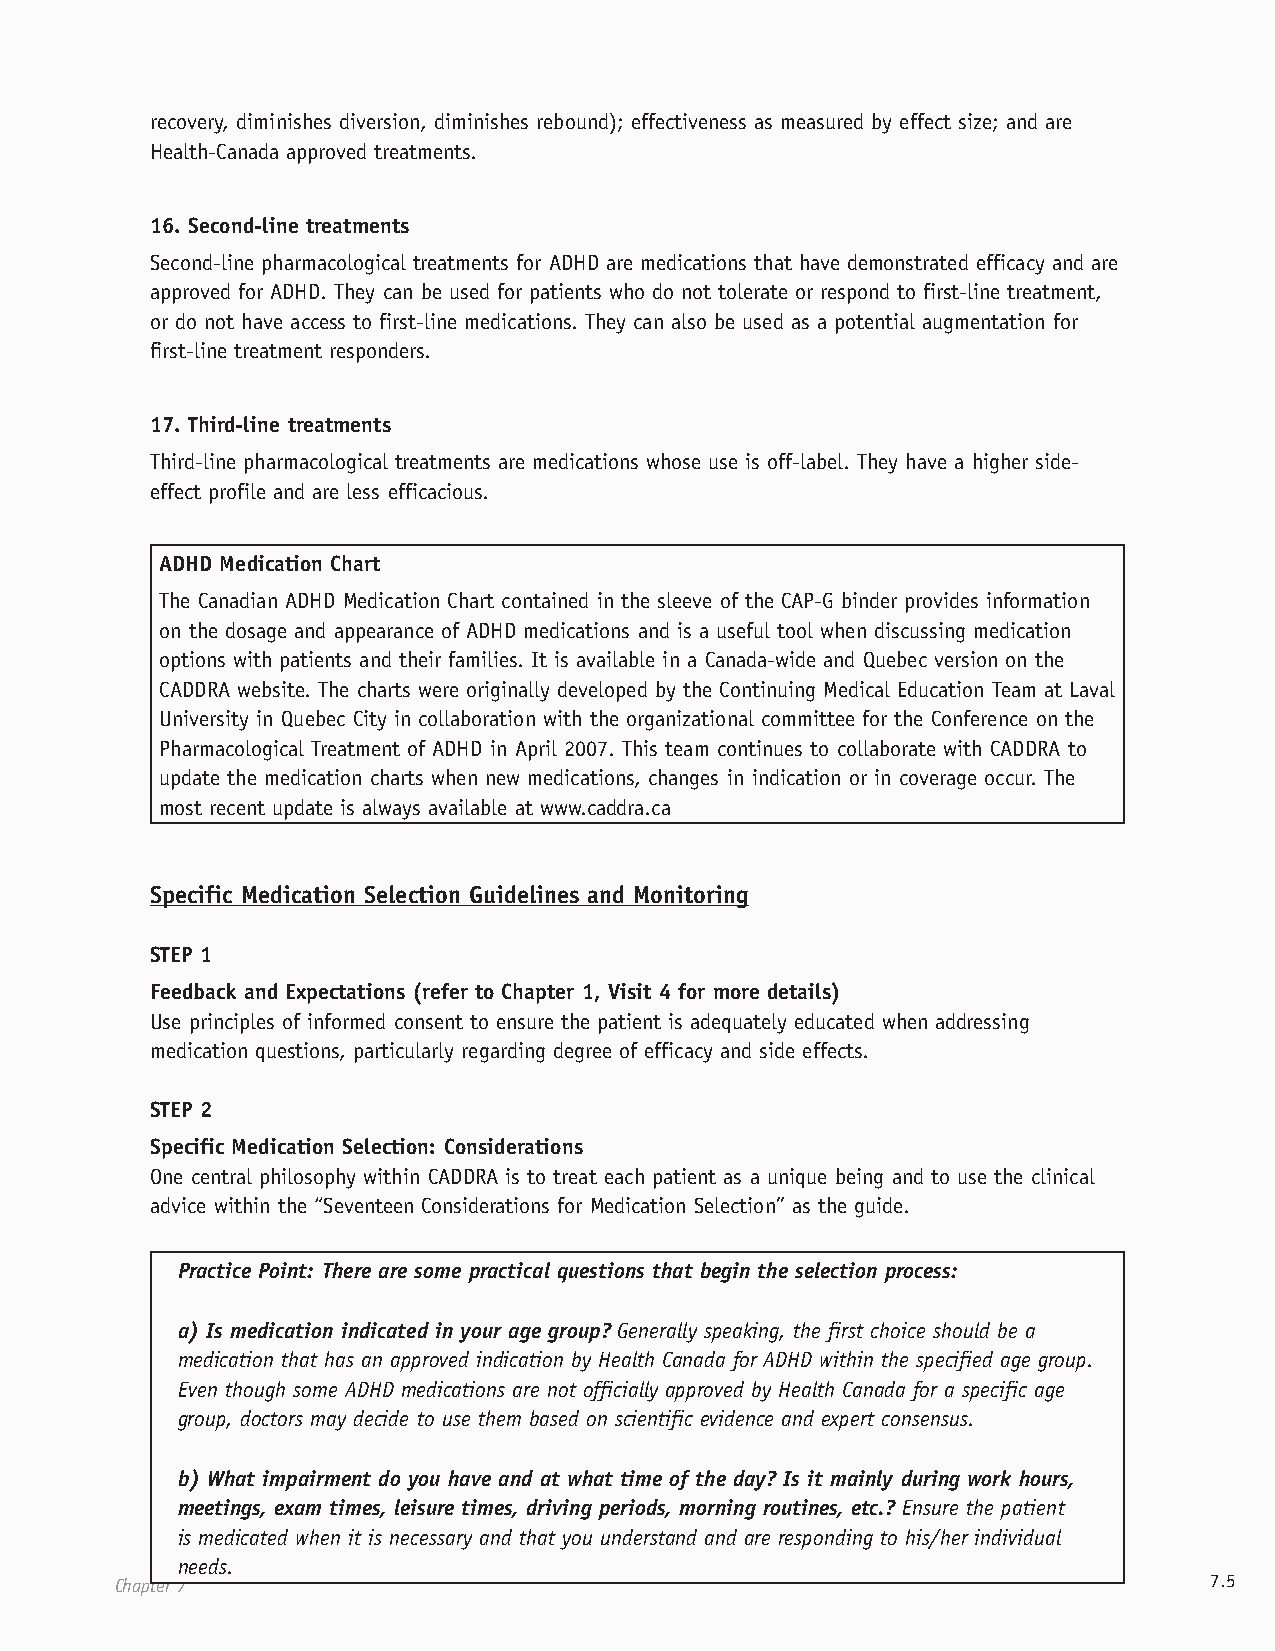
recovery, diminishes diversion, diminishes rebound); effectiveness as measured by effect size; and are
 Health-Canada approved treatments.
 16. Second-line treatments
 Second-line pharmacological treatments for ADHD are medications that have demonstrated efficacy and are
 approved for ADHD. They can be used for patients who do not tolerate or respond to first-line treatment,
 or do not have access to first-line medications. They can also be used as a potential augmentation for
 first-line treatment responders.
 17. Third-line treatments
 Third-line pharmacological treatments are medications whose use is off-label. They have a higher side-
 effect profile and are less efficacious.
 ADHD Medication Chart
 The Canadian ADHD Medication Chart contained in the sleeve of the CAP-G binder provides information
 on the dosage and appearance of ADHD medications and is a useful tool when discussing medication
 options with patients and their families. It is available in a Canada-wide and Quebec version on the
 CADDRA website. The charts were originally developed by the Continuing Medical Education Team at Laval
 University in Quebec City in collaboration with the organizational committee for the Conference on the
 Pharmacological Treatment of ADHD in April 2007. This team continues to collaborate with CADDRA to
 update the medication charts when new medications, changes in indication or in coverage occur. The
 most recent update is always available at www.caddra.ca
 Specific Medication Selection Guidelines and Monitoring
 STEP 1
 Feedback and Expectations (refer to Chapter 1, Visit 4 for more details)
 Use principles of informed consent to ensure the patient is adequately educated when addressing
 medication questions, particularly regarding degree of efficacy and side effects.
 STEP 2
 Specific Medication Selection: Considerations
 One central philosophy within CADDRA is to treat each patient as a unique being and to use the clinical
 advice within the “Seventeen Considerations for Medication Selection” as the guide.
 Practice Point: There are some practical questions that begin the selection process:
 a) Is medication indicated in your age group? Generally speaking, the first choice should be a
 medication that has an approved indication by Health Canada for ADHD within the specified age group.
 Even though some ADHD medications are not officially approved by Health Canada for a specific age
 group, doctors may decide to use them based on scientific evidence and expert consensus.
 b) What impairment do you have and at what time of the day? Is it mainly during work hours,
 meetings, exam times, leisure times, driving periods, morning routines, etc.? Ensure the patient
 is medicated when it is necessary and that you understand and are responding to his/her individual
 needs.
 Chapter 7                                                               7.5